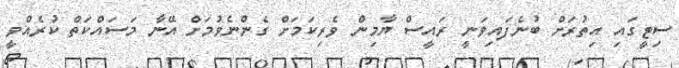
ސިޓީގައި އިތުރަށް ބުނެފައިވަނީ ރައީސް ޔާމިން ވެރިކަމަށް ގެންނެވުމަށް އޭނާ މަސައްކަތް ކުރެއްވީ